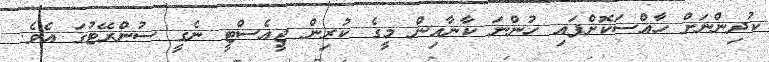
ކުދިންނަށް ހާއްސަކޮށްފައި ހުންނަ ކާނާއިން މީގެ ކުރިން ޖީއެސްޓީ ނެގީ ސުންރޭޓުގަ އެވެ.